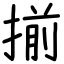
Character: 揃